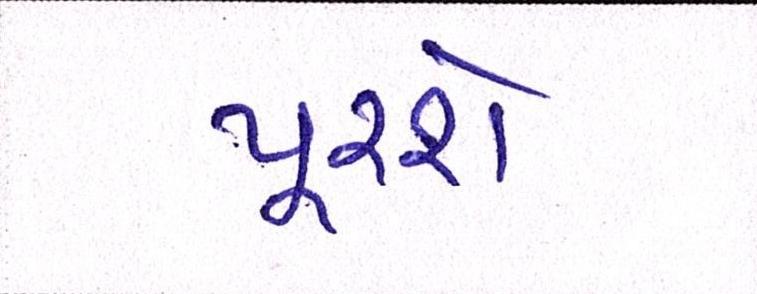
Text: પૂરશે